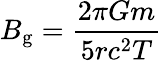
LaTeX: B_{\mathrm{g}}={\frac{2\pi Gm}{5rc^{2}T}}